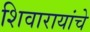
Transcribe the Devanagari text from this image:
शिवारायांचे